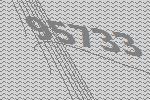
95733